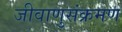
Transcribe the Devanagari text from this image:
जीवाणुसंक्रमण